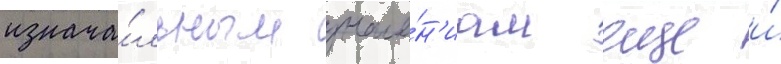
изнача́льным значе́н'иам еще и́